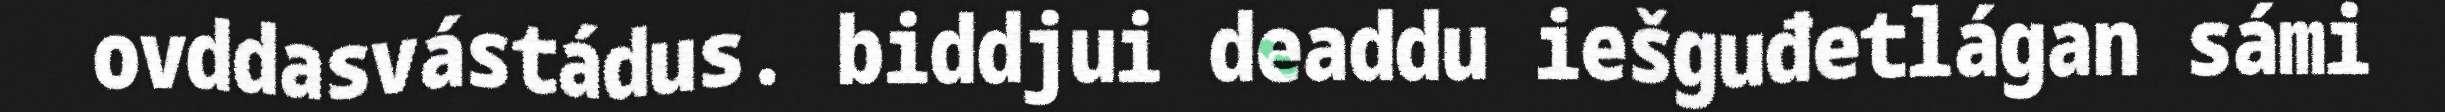
ovddasvástádus. biddjui deaddu iešguđetlágan sámi